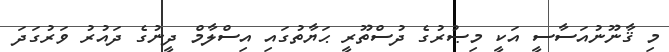
މި ޤާނޫނުއަސާސީ އަކީ މިޞުރުގެ ދުސްތޫރީ ޙަޔާތުގައި އިސްލާމް ދީނުގެ ދައުރު ވަރުގަދަ